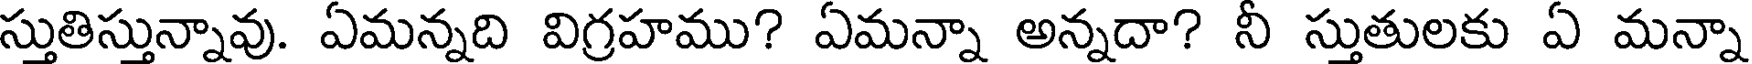
స్తుతిస్తున్నావు. ఏమన్నది విగ్రహము? ఏమన్నా అన్నదా? నీ స్తుతులకు ఏ మన్నా